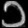
Digit: ၁